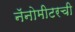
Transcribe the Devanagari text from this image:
नॅनोमीटरची